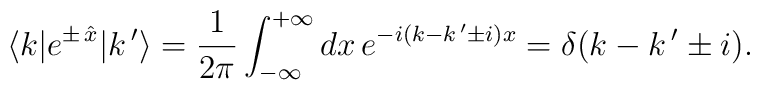
\langle k| e^{\pm\,\hat x}|k\,'\rangle=\frac{1}{2\pi}\int_{-\infty}^{+\infty} dx \,e^{-i(k-k\,'\pm i)x}=\delta(k-k\,'\pm i).